Annual report on the working of the lock hospitals in the Central Provinces
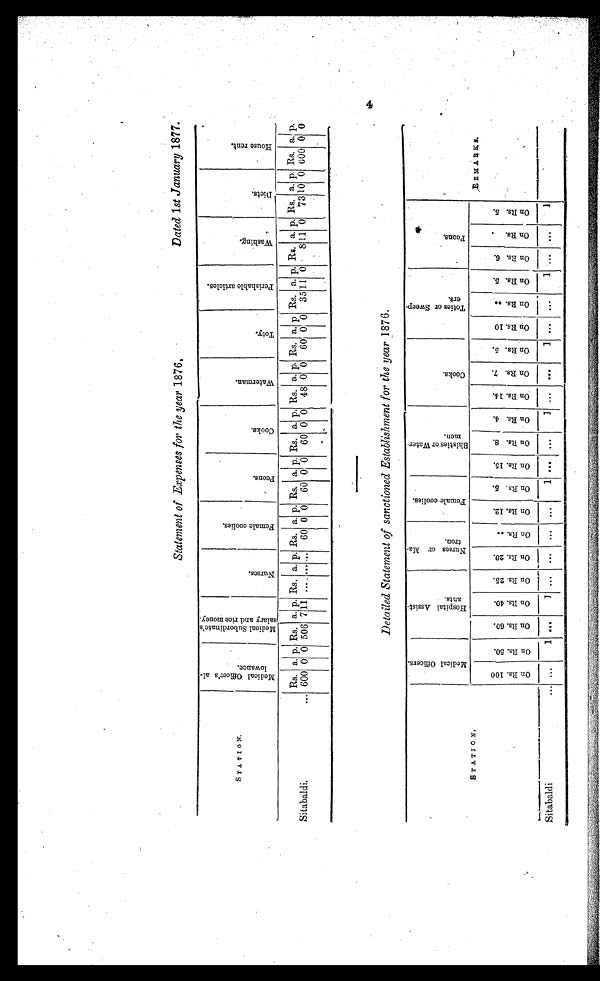
Statement of Expenees for the year 1876.
Dated 1st January 1877.
STATION.
M e d i c a l O f f i c e r ' s a i i o w a n c e .
M e d i c a l S u b o r d i n a t e ' s S a l a r y a n d r i c e m o n e y .
N u r s e s .
F e m a l e c o o l i e s .
P e o n s .
C o o k s .
W a t e r m a n .
T o t y .
P e r i s h a b l e a r t i c l e s .
W a s h i n g .
D i e t s .
H o u s e r e n t .
Rs. a. p. Rs. a. p. Rs. a. p. Rs. a p. Rs. a. p. Rs. a. p. Rs. a. p. Rs. a. p Rs. a. p. Rs. a. p. Rs. a. p. Rs. a. p.
73 10
600 0 0
8
1 1 0
0
60 0
35
1 1
0
48 0 0
0
7
60 0 0 60 0 0 60 0 0
Sitabaldi.
...
0 0 506
11
... ...
600
. . .
Detailed Statement of sanctioned Establishment for the year 1876.
STATI ON.
M e d i c a l O f f i c e r s .
H o s p i t a l A s s i s t a n t s .
N u r s e s o r M a t r o n .
F e m a l e c o o l i e s .
B h i s t i e s o r W a t e r m e n .
C o o k s .
T o t i e s o r S w e e p e r s .
P e o n s .
O n R s . 1 0 0
O n R s . 5 0 .
O n R s . 6 0 . O n R s . 4 0 .
O n R s . 2 5 .
O n R s . 2 0 .
O n R s . . .
O n R s . 1 2 .
O n R s . 5 .
O n R s . 1 5 .
O n R s . 8 .
O n R s . 4 .
O n R s . 1 4 .
O n R s . 7 .
O n R s . 5 .
O n R s . 1 0 .
O n R s . . .
O n R s . 5 .
O n R s . 6 .
O n R s . .
O n R s . 5 .
1
Sitabaldi
...
. . .
1
...
1
. . .
. . .
. . .
. . .
1
. . .
. . .
1
. . .
. . .
1
. . .
. . .
1 ...
. . .